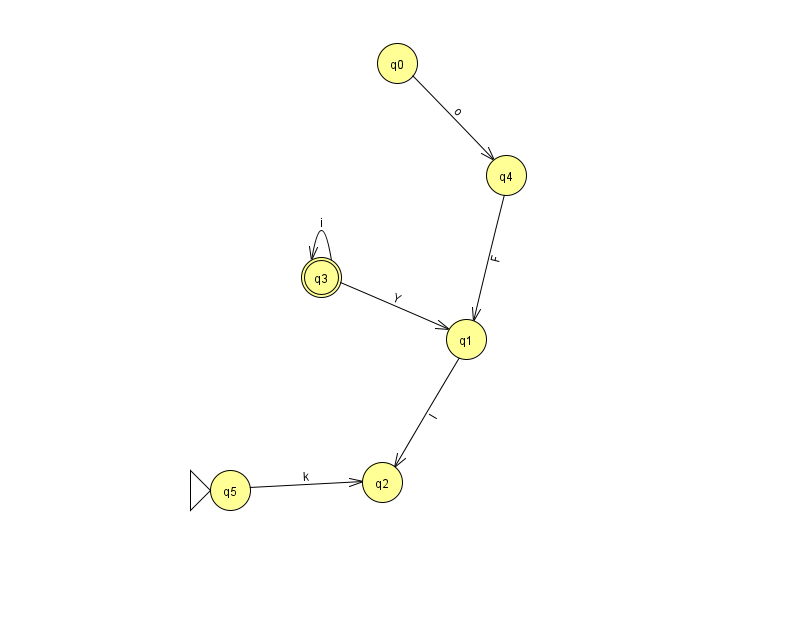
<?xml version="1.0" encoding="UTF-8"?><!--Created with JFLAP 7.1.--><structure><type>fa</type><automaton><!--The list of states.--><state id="0" name="q0"><x>397.0</x><y>50.0</y></state><state id="1" name="q1"><x>466.0</x><y>326.0</y></state><state id="2" name="q2"><x>382.0</x><y>469.0</y></state><state id="3" name="q3"><x>321.0</x><y>264.0</y><final/></state><state id="4" name="q4"><x>506.0</x><y>162.0</y></state><state id="5" name="q5"><x>230.0</x><y>477.0</y><initial/></state><!--The list of transitions.--><transition><from>4</from><to>1</to><read>F</read></transition><transition><from>5</from><to>2</to><read>k</read></transition><transition><from>3</from><to>3</to><read>i</read></transition><transition><from>3</from><to>1</to><read>Y</read></transition><transition><from>1</from><to>2</to><read>l</read></transition><transition><from>0</from><to>4</to><read>o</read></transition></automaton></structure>